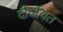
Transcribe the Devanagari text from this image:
दीर्घायत